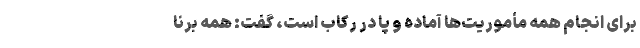
برای انجام همه‌ مأموریت‌ها آماده و پا در رکاب است، گفت: همه‌ برنا